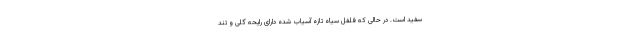
سفید است. در حالی که فلفل سیاه تازه آسیاب شده دارای رایحه گلی و تند